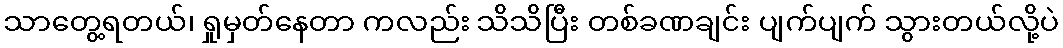
သာတွေ့ရတယ်၊ ရှုမှတ်နေတာ ကလည်း သိသိပြီး တစ်ခဏချင်း ပျက်ပျက် သွားတယ်လို့ပဲ